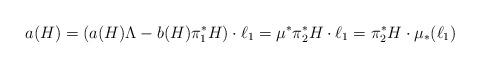
LaTeX: \begin{align*}a(H) = (a(H)\Lambda - b(H) \pi^*_1 H)\cdot \ell_1 = \mu^*\pi_2^*H\cdot \ell_1 = \pi_2^*H\cdot \mu_*(\ell_1)\end{align*}